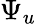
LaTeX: \Psi_{u}